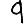
Digit: 9